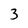
Character: 3